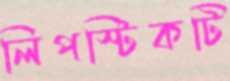
লিপস্টিকটি